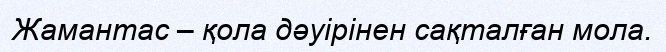
Жамантас – қола дәуірінен сақталған мола.